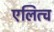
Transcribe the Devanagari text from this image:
एलित्च